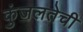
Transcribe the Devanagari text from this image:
कुंजलतेची